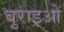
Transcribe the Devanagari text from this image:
बुराइओ